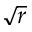
\sqrt { r }